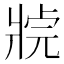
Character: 𤖊